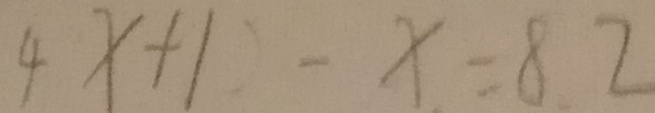
4 x + 1 - x = 8 2